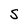
Character: S